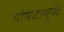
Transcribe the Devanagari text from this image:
पोपटामुळे